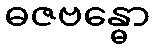
ဓဇဗန္ဓော